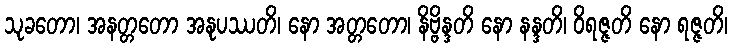
သုခတော၊ အနတ္တတော အနုပဿတိ၊ နော အတ္တတော၊ နိဗ္ဗိန္ဒတိ နော နန္ဒတိ၊ ဝိရဇ္ဇတိ နော ရဇ္ဇတိ၊